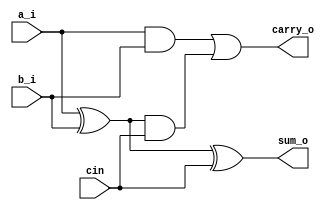
module full_adder (
    input a_i, b_i, cin,
    output sum_o, carry_o
);
    wire xor_res, first_and, second_and;

    xor (xor_res, a_i, b_i);

    and (first_and, a_i, b_i);
    and (second_and, xor_res, cin);

    xor (sum_o, xor_res, cin);
    or (carry_o, first_and, second_and);

endmodule